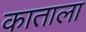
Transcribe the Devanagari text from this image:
काताला